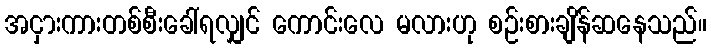
အငှားကားတစ်စီးခေါ်ရလျှင် ကောင်းလေ မလားဟု စဉ်းစားချိန်ဆနေသည်။